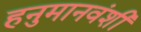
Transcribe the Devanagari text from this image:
हनुमानवंशी